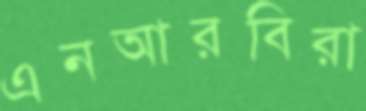
এনআরবিরা